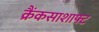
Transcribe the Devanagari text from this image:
क्रैंकसाशाफ्ट